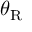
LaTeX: \theta _ { \mathrm { R } }